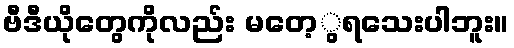
ဗီဒီယိုတွေကိုလည်း မတေ့ွရသေးပါဘူး။